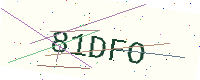
Text: 81DFO